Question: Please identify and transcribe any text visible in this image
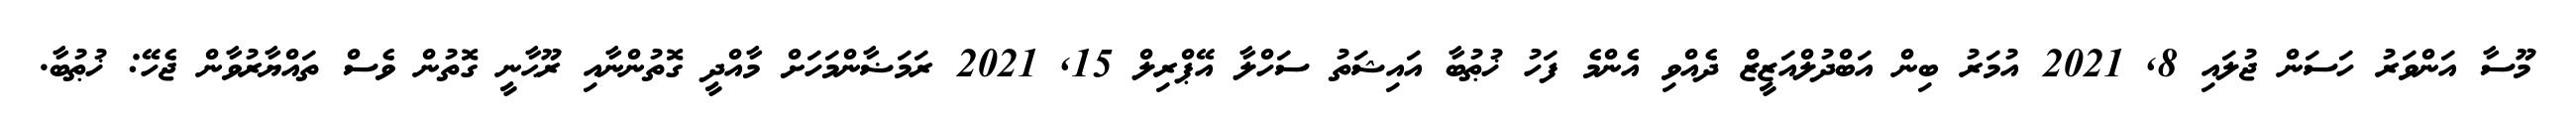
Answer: މޫސާ އަންވަރު ހަސަން ޖުލައި 8, 2021 އުމަރު ބިން އަބްދުލްއަޒީޒް ދެއްވި އެންމެ ފަހު ޚުޠުބާ އައިޝަތު ސަހްލާ އޭޕްރިލް 15, 2021 ރަމަޟާންމަހަށް މާއްދީ ގޮތުންނާއި ރޫޙާނީ ގޮތުން ވެސް ތައްޔާރުވާން ޖެހޭ: ޚުޠުބާ.